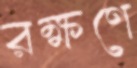
রক্ষণে